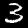
Label: 3